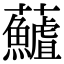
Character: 𩼻